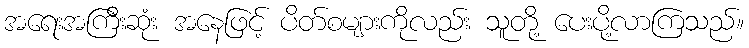
အရေးအကြီးဆုံး အနေဖြင့် ပိတ်စများကိုလည်း သူတို့ ပေးပို့လာကြသည်။